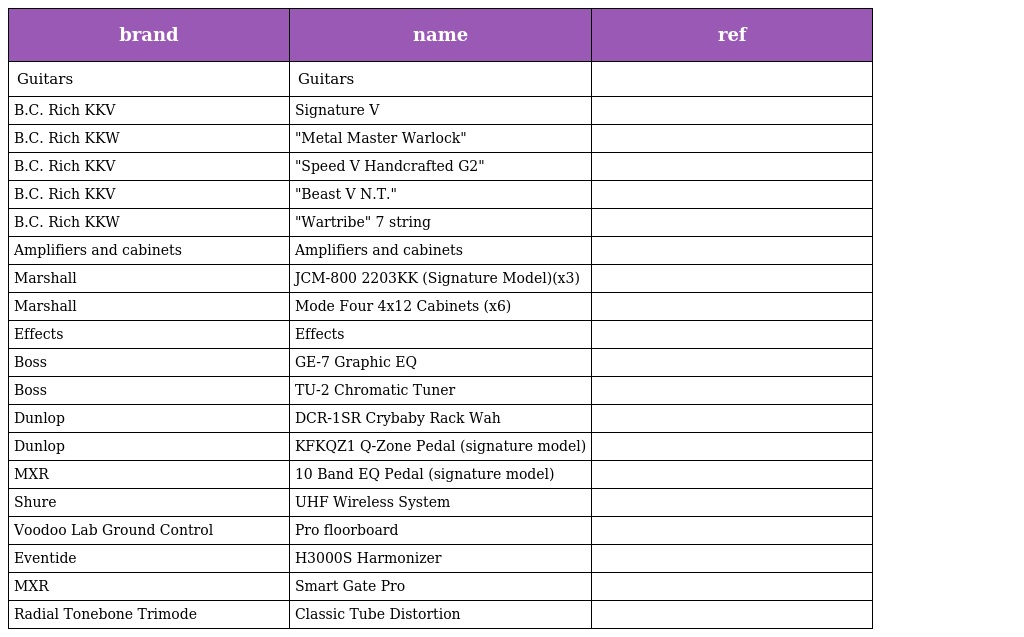
| brand | name | ref |
 | --- | --- | --- |
 | Guitars | Guitars |  |
 | B.C. Rich KKV | Signature V |  |
 | B.C. Rich KKW | "Metal Master Warlock" |  |
 | B.C. Rich KKV | "Speed V Handcrafted G2" |  |
 | B.C. Rich KKV | "Beast V N.T." |  |
 | B.C. Rich KKW | "Wartribe" 7 string |  |
 | Amplifiers and cabinets | Amplifiers and cabinets |  |
 | Marshall | JCM-800 2203KK (Signature Model)(x3) |  |
 | Marshall | Mode Four 4x12 Cabinets (x6) |  |
 | Effects | Effects |  |
 | Boss | GE-7 Graphic EQ |  |
 | Boss | TU-2 Chromatic Tuner |  |
 | Dunlop | DCR-1SR Crybaby Rack Wah |  |
 | Dunlop | KFKQZ1 Q-Zone Pedal (signature model) |  |
 | MXR | 10 Band EQ Pedal (signature model) |  |
 | Shure | UHF Wireless System |  |
 | Voodoo Lab Ground Control | Pro floorboard |  |
 | Eventide | H3000S Harmonizer |  |
 | MXR | Smart Gate Pro |  |
 | Radial Tonebone Trimode | Classic Tube Distortion |  |